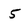
Character: 5